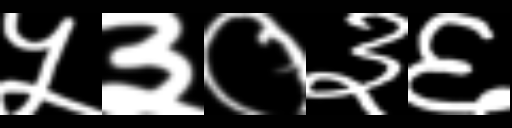
Text: ५३०३६